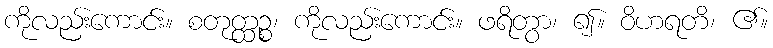
ကိုလည်းကောင်း။ စတုတ္ထဉ္စ၊ ကိုလည်းကောင်း။ ဖရိတွာ၊ ၍။ ဝိဟရတိ၊ ၏။